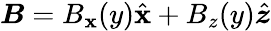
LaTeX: \boldsymbol{B}=B_{\mathbf{x}}(y)\hat{{\boldsymbol{\mathbf{x}}}}+B_{z}(y)\hat{{\boldsymbol{z}}}